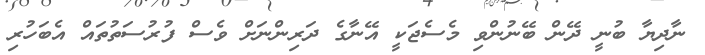
ނާދިޔާ ބުނީ ދޭން ބޭނުންވި މެސެޖަކީ އޭނާގެ ދަރިންނަށް ވެސް ފުރުސަތުތައް އެބަހުރި